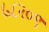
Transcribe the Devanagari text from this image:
५८२०९